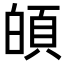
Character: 𩑻